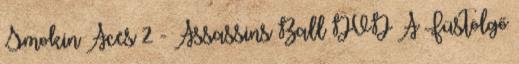
Smokin Aces 2 - Assassins Ball DVD A Füstölgő